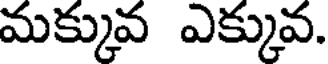
మక్కువ ఎక్కువ.